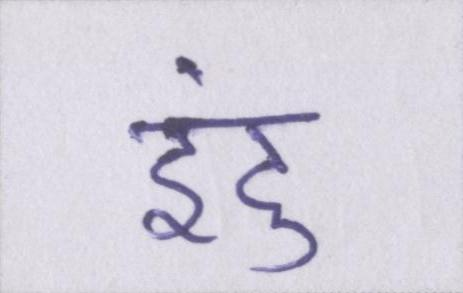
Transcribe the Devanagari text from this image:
इंदु